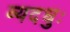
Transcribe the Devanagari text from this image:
व्यदधुः